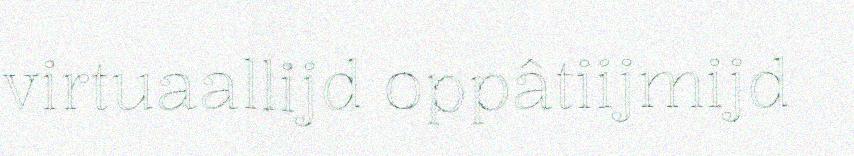
virtuaallijd oppâtiijmijd